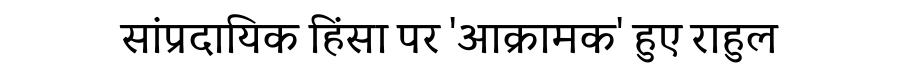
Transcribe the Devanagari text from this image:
सांप्रदायिक हिंसा पर 'आक्रामक' हुए राहुल